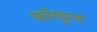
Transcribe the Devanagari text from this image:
फॉरचुन्स